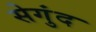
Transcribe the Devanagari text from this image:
सेगुंद